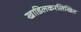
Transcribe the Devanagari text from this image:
खाडिलकरलिखित